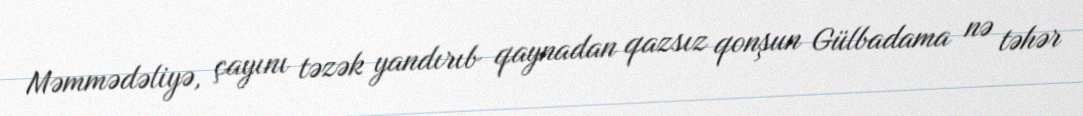
Məmmədəliyə, çayını təzək yandırıb qaynadan qazsız qonşun Gülbadama nə təhər